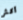
أكثر